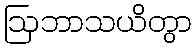
ဩဘာသယိတွာ